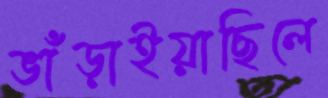
ভাঁড়াইয়াছিলে